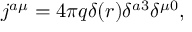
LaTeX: j ^ { a \mu } = 4 \pi q \delta ( r ) \delta ^ { a 3 } \delta ^ { \mu 0 } ,